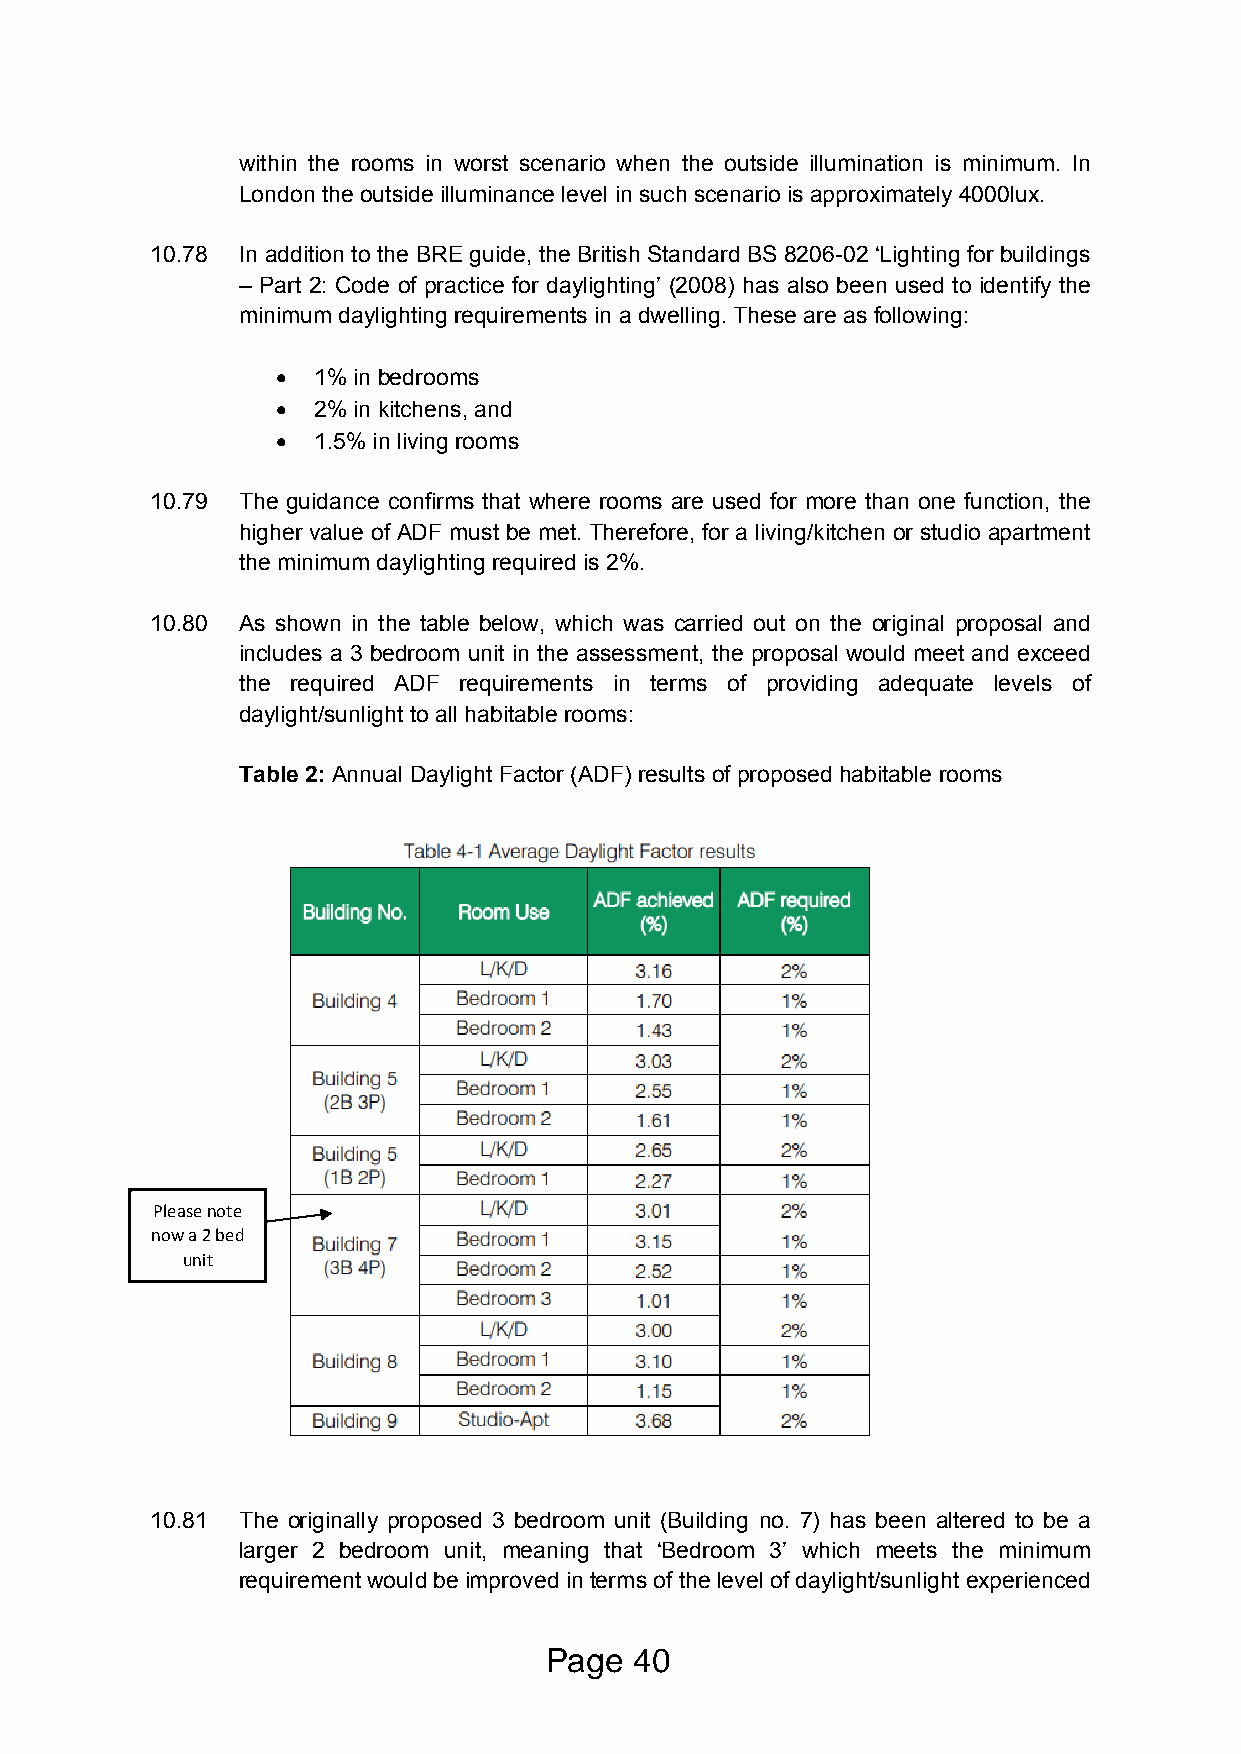
within the rooms in worst scenario when the outside illumination is minimum. In
 London the outside illuminance level in such scenario is approximately 4000lux.
 10.78 In addition to the BRE guide, the British Standard BS 8206-02 ‘Lighting for buildings
 – Part 2: Code of practice for daylighting’ (2008) has also been used to identify the
 minimum daylighting requirements in a dwelling. These are as following:
   1% in bedrooms
   2% in kitchens, and
   1.5% in living rooms
 10.79 The guidance confirms that where rooms are used for more than one function, the
 higher value of ADF must be met. Therefore, for a living/kitchen or studio apartment
 the minimum daylighting required is 2%.
 10.80 As shown in the table below, which was carried out on the original proposal and
 includes a 3 bedroom unit in the assessment, the proposal would meet and exceed
 the required ADF requirements in terms of providing adequate levels of
 daylight/sunlight to all habitable rooms:
 Table 2: Annual Daylight Factor (ADF) results of proposed habitable rooms
 Please note
 now a 2 bed
 unit
 10.81 The originally proposed 3 bedroom unit (Building no. 7) has been altered to be a
 larger 2 bedroom unit, meaning that ‘Bedroom 3’ which meets the minimum
 requirement would be improved in terms of the level of daylight/sunlight experienced
 Page  40